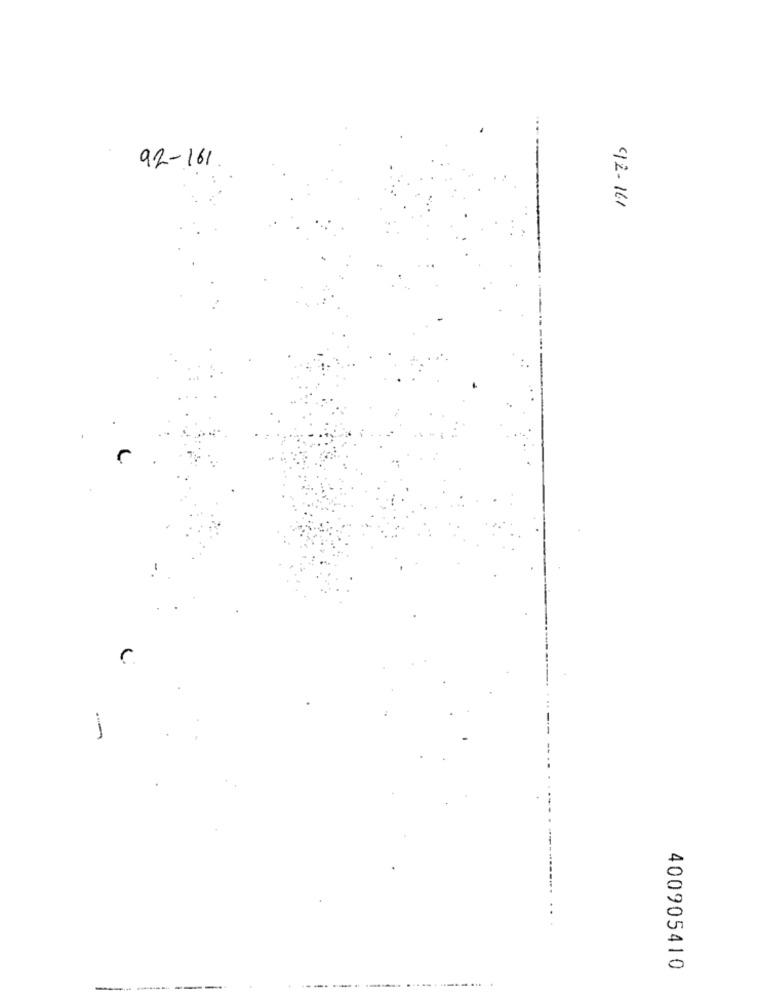
92-161
92-161
-
400905410
---